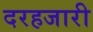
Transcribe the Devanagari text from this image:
दरहजारी